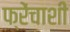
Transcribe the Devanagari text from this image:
फ्रेंचाशी